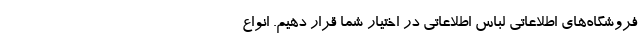
فروشگاه‌های اطلاعاتی لباس اطلاعاتی در اختیار شما قرار دهیم. انواع